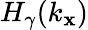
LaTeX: H_{\gamma}(k_{\mathbf{x}})